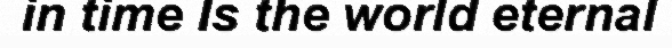
in time Is the world eternal